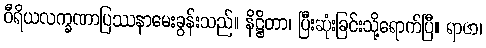
ဝီရိယလက္ခဏာပြဿနာမေးခွန်းသည်။ နိဋ္ဌိတာ၊ ပြီးဆုံးခြင်းသို့ရောက်ပြီ။ ရာဇာ၊